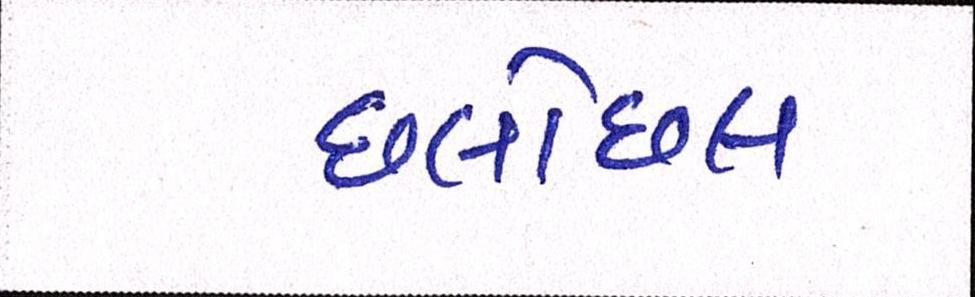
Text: છલોછલ